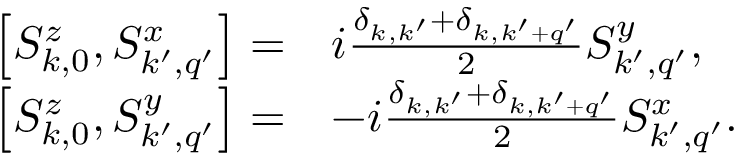
\begin{array} { r l } { \left[ S _ { k , 0 } ^ { z } , S _ { k ^ { \prime } , q ^ { \prime } } ^ { x } \right] = } & { i \frac { \delta _ { k , k ^ { \prime } } + \delta _ { k , k ^ { \prime } + q ^ { \prime } } } { 2 } S _ { k ^ { \prime } , q ^ { \prime } } ^ { y } , } \\ { \left[ S _ { k , 0 } ^ { z } , S _ { k ^ { \prime } , q ^ { \prime } } ^ { y } \right] = } & { - i \frac { \delta _ { k , k ^ { \prime } } + \delta _ { k , k ^ { \prime } + q ^ { \prime } } } { 2 } S _ { k ^ { \prime } , q ^ { \prime } } ^ { x } . } \end{array}